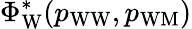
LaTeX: \Phi_{\mathrm{W}}^{*}(p_{\mathrm{WW}},p_{\mathrm{WM}})